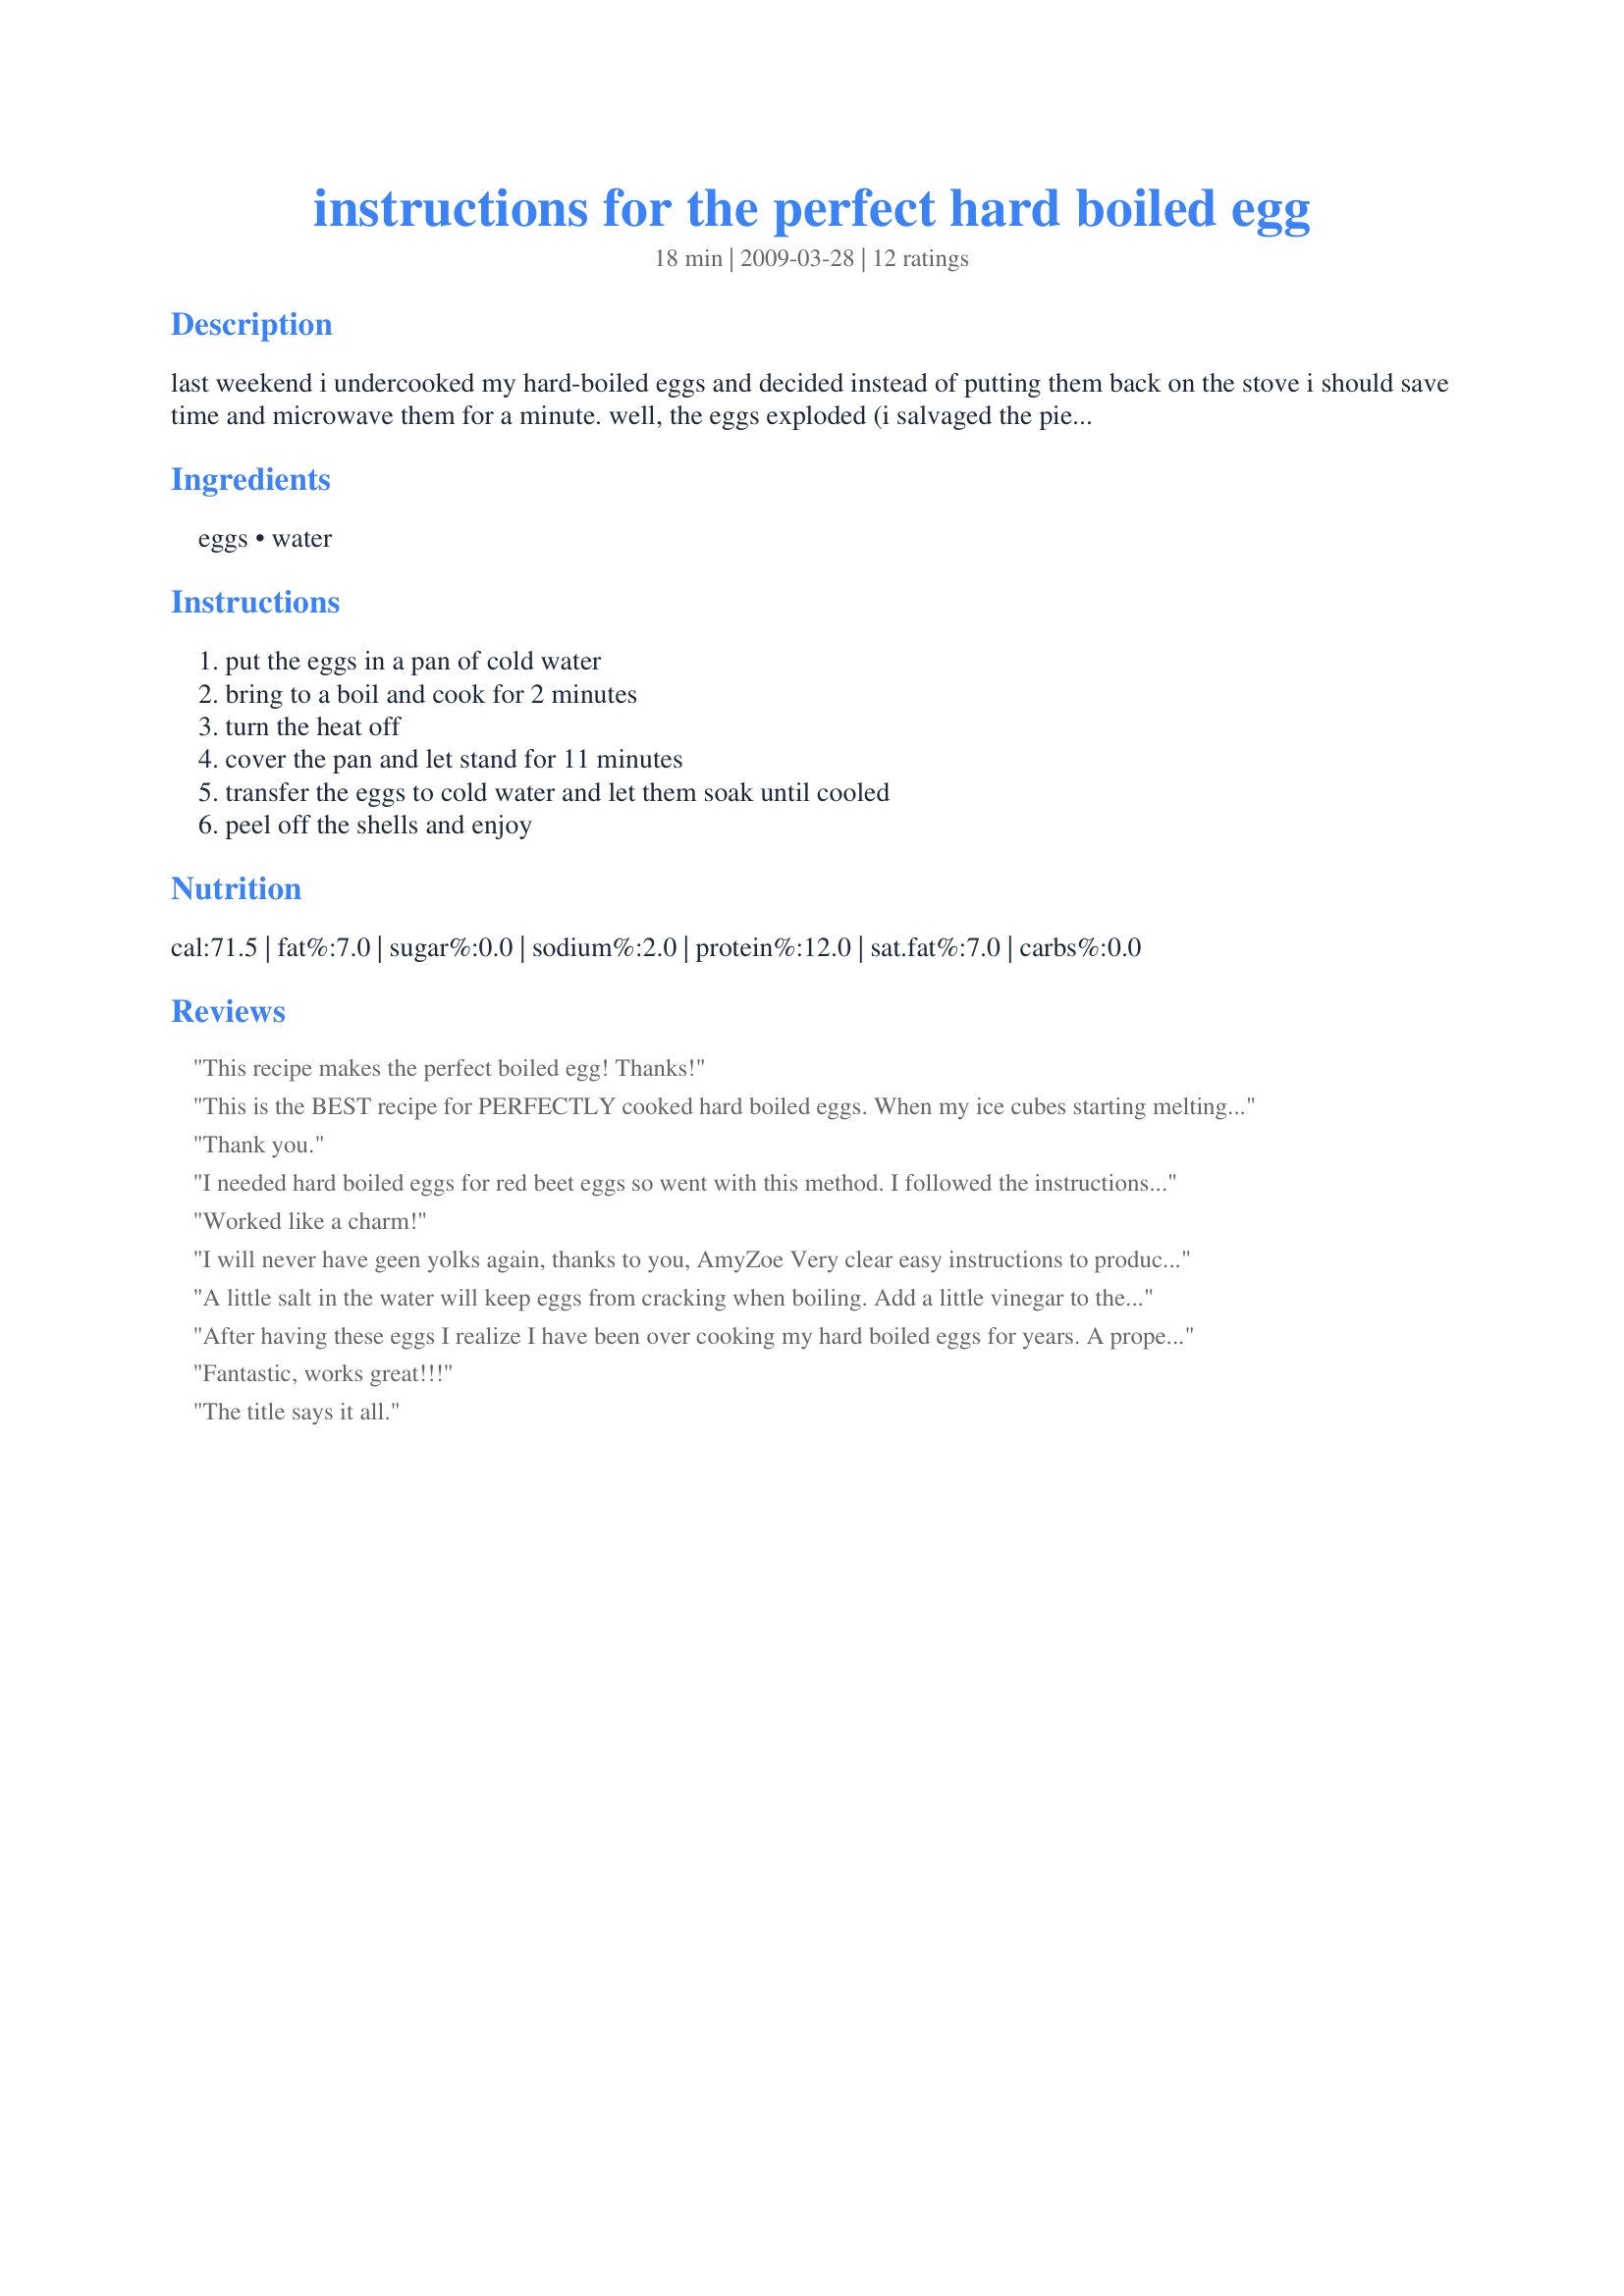
instructions for the perfect hard boiled egg
Preparation time: 18 minutes

last weekend i undercooked my hard-boiled eggs and decided instead of putting them back on the stove i should save time and microwave them for a minute. well, the eggs exploded (i salvaged the pieces). now you know why my nickname is runs with scissors. ironically, i came across instructions for hard-boiled eggs in the amish cook at home just as i was getting ready to make more. the amish cook says cooking a hard-boiled egg isn't as simple as throwing it into a pot of water because the timing is important (you don't want an overcooked or undercooked egg). thanks to the amish, my shells came off easily, the eggs cooked perfectly, and i didn't microwave anything.

Ingredients:
eggs, water

Steps:
put the eggs in a pan of cold water, bring to a boil and cook for 2 minutes, turn the heat off, cover the pan and let stand for 11 minutes, transfer the eggs to cold water and let them soak until cooled, peel off the shells and enjoy

Reviews:
This recipe makes the perfect boiled egg! Thanks!
This is the BEST recipe for PERFECTLY cooked hard boiled eggs. When my ice cubes starting melting quickly I decided to add one of our cooler ice blocks. It really helped to keep the water cold with no dumping and replacing needed! Our perfectly boiled eggs cooled quickly, completely, and deliciously!
Thank you.
I needed hard boiled eggs for red beet eggs so went with this method. I followed the instructions other then I made 18 eggs. They cooked up nice and were easy to peel. I did add salt to the water too.
Worked like a charm!
I will never have geen yolks again, thanks to you, AmyZoe

Very clear easy instructions to produce perfectly hard boiled eggs with NO GREEN YUK around the yolk.

thank you!
A little salt in the water will keep eggs from cracking when boiling. Add a little vinegar to the water if or when an egg did cracks during boiling. It will help seal the egg. Someone suggest you start by putting the eggs in room temperature water and then bring to a boil, A pinhole in the tip of the egg will keep the shell from cracking due to trapped air. If you put an egg in already boiling water you stand a good chance of the egg cracking, especially if the egg just came out of the refrigerator. SEE How to Boiled Egg 101 #312733, GOOD START !!
After having these eggs I realize I have been over cooking my hard boiled eggs for years. A properly cooked hard boiled egg is an amazing thing.
Fantastic, works great!!!
The title says it all.
Great eggs. I'll use this method from now on.
perfect!! this takes the guess work out of boiling an egg! thanks for sharing AmyZoe!!
